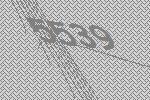
5539